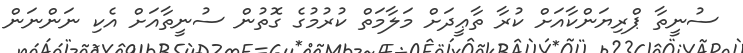
ސުނީތާ ޕްރިޔަންކާއަށް ކުރާ ތާޢީދަށް މަލާމަތް ކުރުމުގެ ގޮތުން ސުނީތާއަށް އެކި ނަންނަން